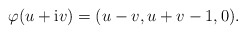
\begin{align*}\varphi(u + \mathrm{i} v) = (u - v, u + v -1, 0).\end{align*}